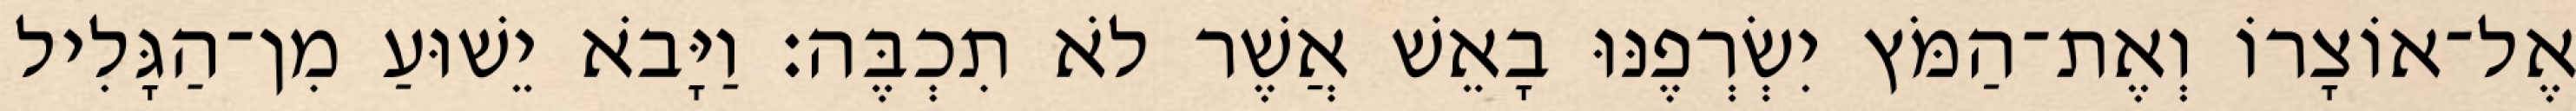
אֶל־אוֹצָרוֹ וְאֶת־הַמֹּץ יִשְׂרְפֶנּוּ בָאֵשׁ אֲשֶׁר לֹא תִכְבֶּה׃ וַיָּבֹא יֵשׁוּעַ מִן־הַגָּלִיל